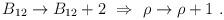
LaTeX: \begin{align*}B_{12} \to B_{12} + 2 \ \Rightarrow\ \rho \to \rho + 1\ .\end{align*}